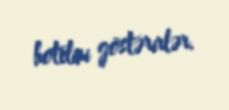
hotelini göstərirlər.